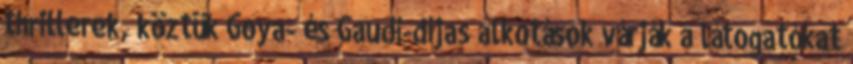
thrillerek, köztük Goya- és Gaudí-díjas alkotások várják a látogatókat